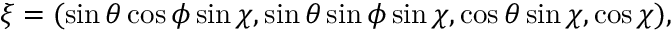
\xi = ( \sin \theta \cos \phi \sin \chi , \sin \theta \sin \phi \sin \chi , \cos \theta \sin \chi , \cos \chi ) ,